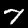
Digit: 7